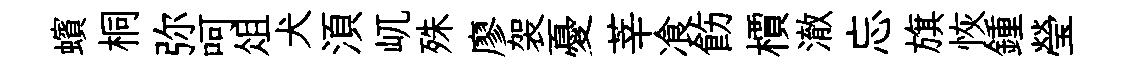
蠙桐弥呵俎犬湏屼殊廖袈憂莘飡飭檟澈忘旗恢鍾瑩